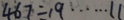
4 6 7 \div 1 9 \cdots 1 1